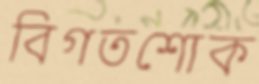
বিগতশোক